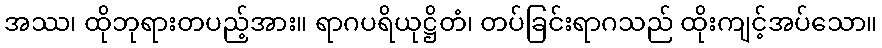
အဿ၊ ထိုဘုရားတပည့်အား။ ရာဂပရိယုဋ္ဌိတံ၊ တပ်ခြင်းရာဂသည် ထိုးကျင့်အပ်သော။